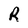
Character: R